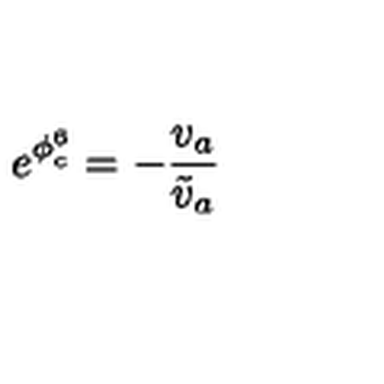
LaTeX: e ^ { \phi _ { c } ^ { 6 } } = - { \frac { v _ { a } } { \tilde { v } _ { a } } }